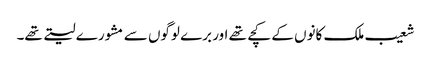
شعیب ملک کانوں کے کچے تھے اور برے لوگوں سے مشورے لیتے تھے۔